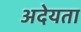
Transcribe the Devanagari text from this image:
अदेयता